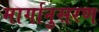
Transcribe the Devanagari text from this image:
मार्गानुसरण